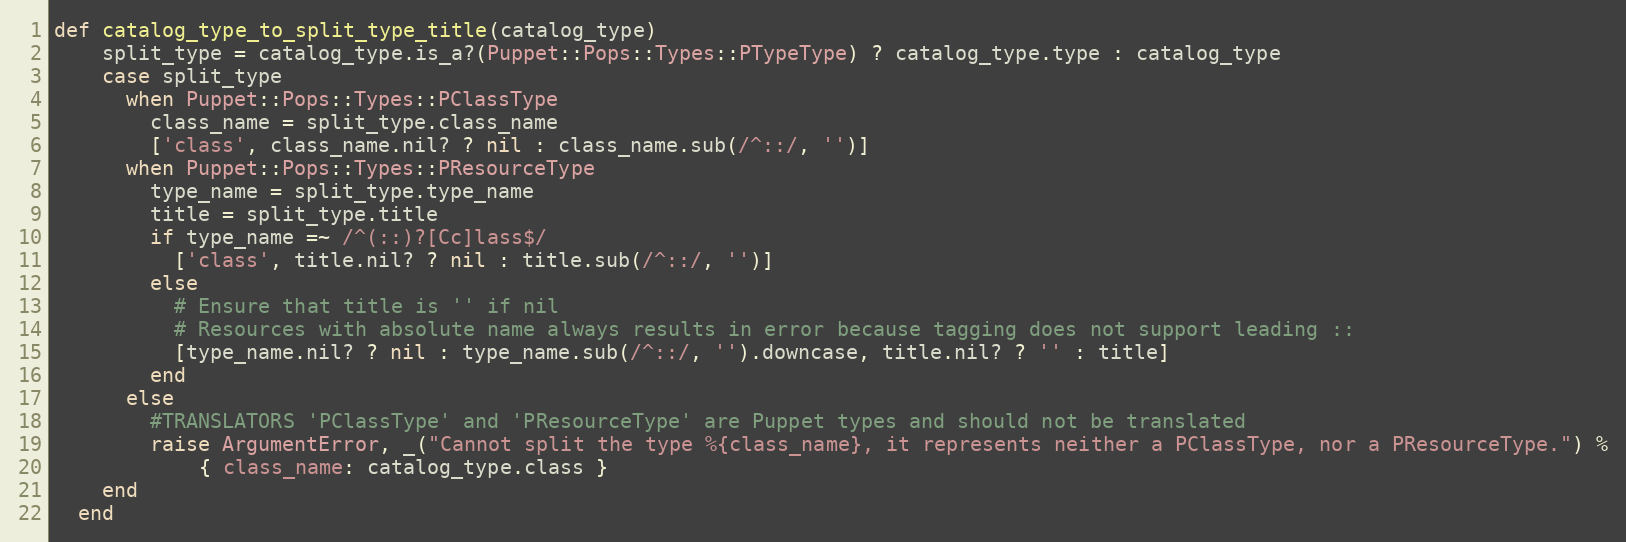
Language: Ruby
def catalog_type_to_split_type_title(catalog_type)
    split_type = catalog_type.is_a?(Puppet::Pops::Types::PTypeType) ? catalog_type.type : catalog_type
    case split_type
      when Puppet::Pops::Types::PClassType
        class_name = split_type.class_name
        ['class', class_name.nil? ? nil : class_name.sub(/^::/, '')]
      when Puppet::Pops::Types::PResourceType
        type_name = split_type.type_name
        title = split_type.title
        if type_name =~ /^(::)?[Cc]lass$/
          ['class', title.nil? ? nil : title.sub(/^::/, '')]
        else
          # Ensure that title is '' if nil
          # Resources with absolute name always results in error because tagging does not support leading ::
          [type_name.nil? ? nil : type_name.sub(/^::/, '').downcase, title.nil? ? '' : title]
        end
      else
        #TRANSLATORS 'PClassType' and 'PResourceType' are Puppet types and should not be translated
        raise ArgumentError, _("Cannot split the type %{class_name}, it represents neither a PClassType, nor a PResourceType.") %
            { class_name: catalog_type.class }
    end
  end